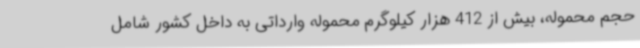
حجم محموله، بیش از 412 هزار کیلوگرم محموله وارداتی به داخل کشور شامل